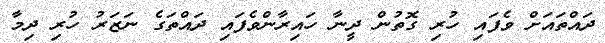
ދައްތައަށް ވެފައި ހުރި ގޮތުން ދީނާ ހައިރާންވެފައި ދައްތަގެ ނަޒަރު ހުރި ދިމާ